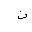
Letter: _non